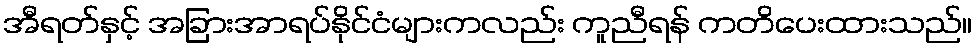
အီရတ်နှင့် အခြားအာရပ်နိုင်ငံများကလည်း ကူညီရန် ကတိပေးထားသည်။